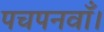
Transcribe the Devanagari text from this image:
पचपनवाँ।